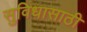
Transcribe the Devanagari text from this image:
सुविधासाठी